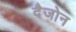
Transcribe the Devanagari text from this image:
दैजोन